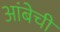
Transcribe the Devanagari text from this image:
आंबेची